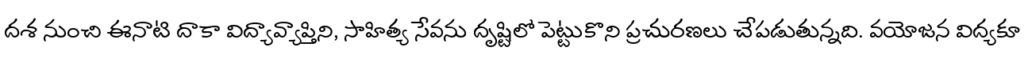
దశ నుంచి ఈనాటి దాకా విద్యావ్యాప్తిని, సాహిత్య సేవను దృష్టిలో పెట్టుకొని ప్రచురణలు చేపడుతున్నది. వయోజన విద్యకూ